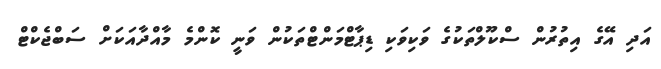
އަދި އޭގެ އިތުރުން ސްކޫލްތަކުގެ ވަކިވަކި ޑިޕާޓްމަންޓްތަކުން ވަނީ ކޮންމެ މާއްދާއަކަށް ސަބްޖެކްޓް